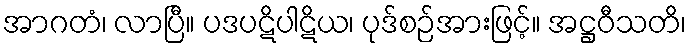
အာဂတံ၊ လာပြီ။ ပဒပဋိပါဋိယ၊ ပုဒ်စဉ်အားဖြင့်။ အဋ္ဌဝီသတိ၊